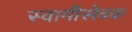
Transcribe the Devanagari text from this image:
स्वामीसेवक